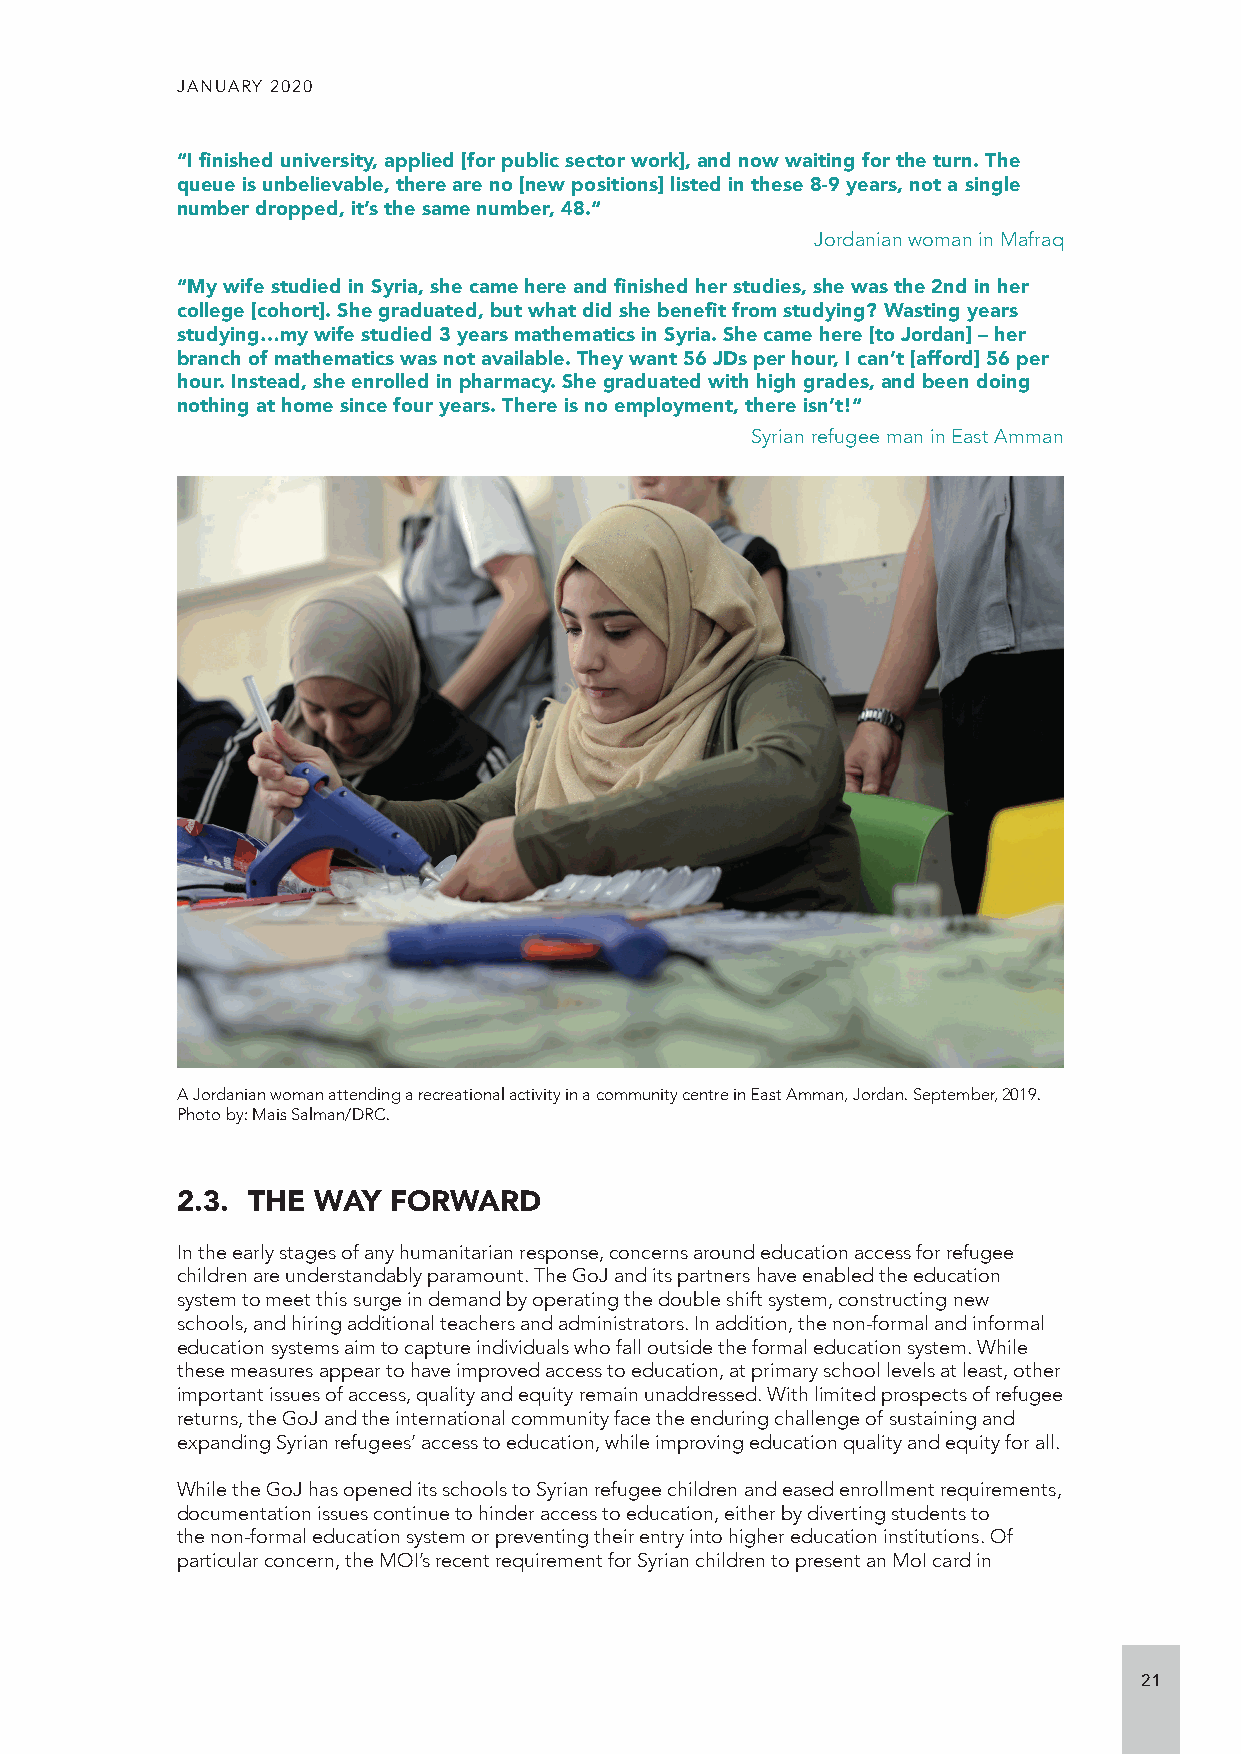
JANUARY 2020
 “I finished university, applied [for public sector work], and now waiting for the turn. The
 queue is unbelievable, there are no [new positions] listed in these 8-9 years, not a single
 number dropped, it’s the same number, 48.“
 Jordanian woman in Mafraq
 “My wife studied in Syria, she came here and finished her studies, she was the 2nd in her
 college [cohort]. She graduated, but what did she benefit from studying? Wasting years
 studying…my wife studied 3 years mathematics in Syria. She came here [to Jordan] – her
 branch of mathematics was not available. They want 56 JDs per hour, I can’t [afford] 56 per
 hour. Instead, she enrolled in pharmacy. She graduated with high grades, and been doing
 nothing at home since four years. There is no employment, there isn’t!“
 Syrian refugee man in East Amman
 A Jordanian woman attending a recreational activity in a community centre in East Amman, Jordan. September, 2019.
 Photo by: Mais Salman/DRC.
 2.3. THE WAY  FORWARD
 In the early stages of any humanitarian response, concerns around education access for refugee
 children are understandably paramount. The GoJ and its partners have enabled the education
 system to meet this surge in demand by operating the double shift system, constructing new
 schools, and hiring additional teachers and administrators. In addition, the non-formal and informal
 education systems aim to capture individuals who fall outside the formal education system. While
 these measures appear to have improved access to education, at primary school levels at least, other
 important issues of access, quality and equity remain unaddressed. With limited prospects of refugee
 returns, the GoJ and the international community face the enduring challenge of sustaining and
 expanding Syrian refugees’ access to education, while improving education quality and equity for all.
 While the GoJ has opened its schools to Syrian refugee children and eased enrollment requirements,
 documentation issues continue to hinder access to education, either by diverting students to
 the non-formal education system or preventing their entry into higher education institutions. Of
 particular concern, the MOI’s recent requirement for Syrian children to present an MoI card in
 21